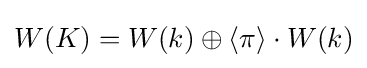
W(K)=W(k)\oplus \langle \pi \rangle \cdot W(k)